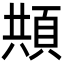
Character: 𩒓